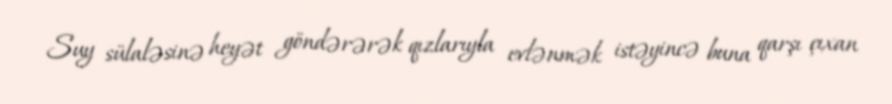
Suy sülaləsinə heyət göndərərək qızlarıyla evlənmək istəyincə buna qarşı çıxan